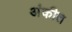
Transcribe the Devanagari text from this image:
अंकीत